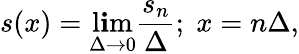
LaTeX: s(x)=\operatorname*{l\mathbf{i}m}_{\Delta\rightarrow0}\frac{{s_{n}}}{{\Delta}};\; x=n\Delta,